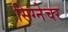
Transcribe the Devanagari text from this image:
सिग्‍नेचर